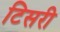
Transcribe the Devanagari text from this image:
टिसरी